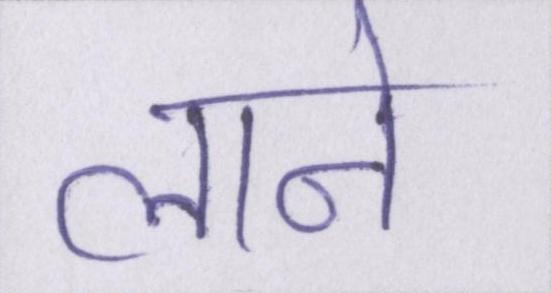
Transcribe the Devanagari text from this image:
लाने